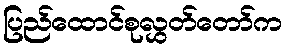
ပြည်ထောင်စုလွှတ်တော်က